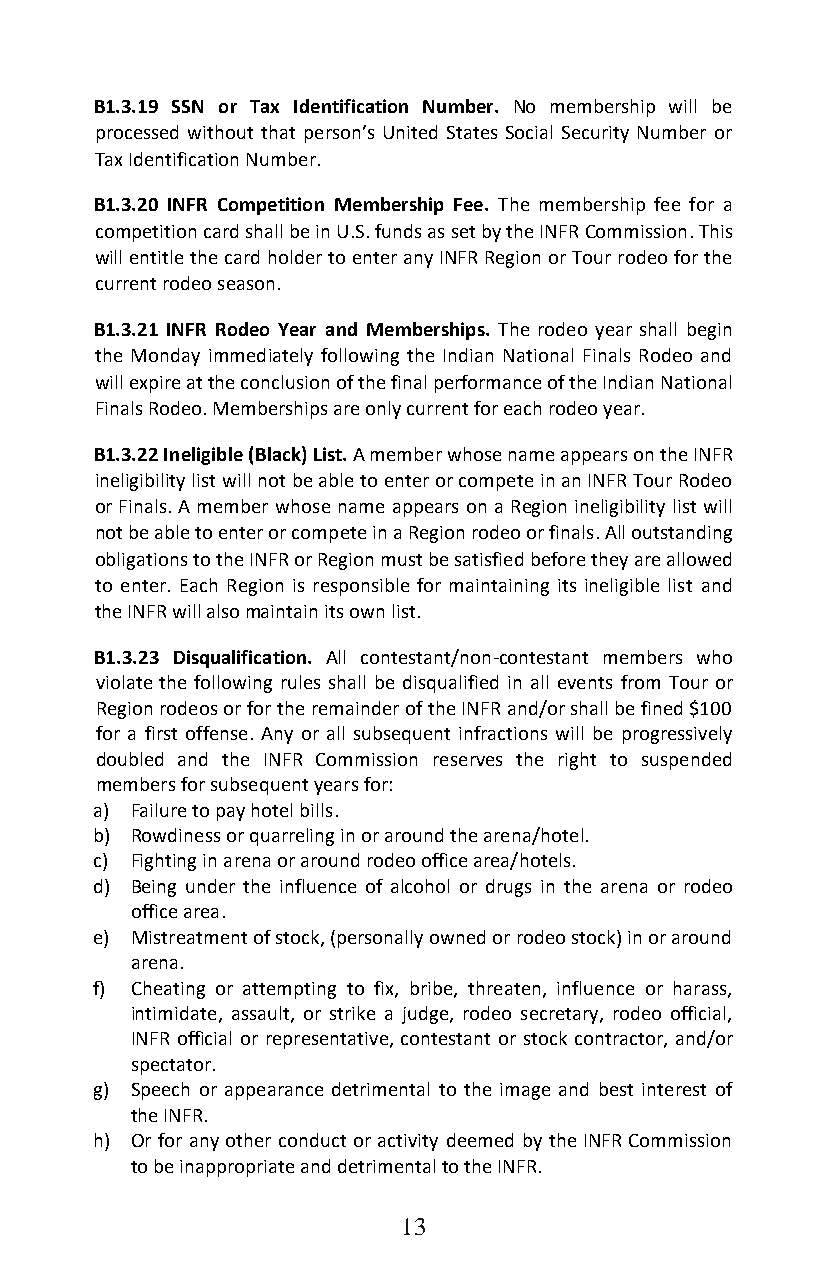
B1.3.19 SSN or Tax Identification Number. No membership will be
 processed without that person’s United States Social Security Number or
 Tax Identification Number.
 B1.3.20 INFR Competition Membership Fee. The membership fee for a
 competition card shall be in U.S. funds as set by the INFR Commission. This
 will entitle the card holder to enter any INFR Region or Tour rodeo for the
 current rodeo season.
 B1.3.21 INFR Rodeo Year and Memberships. The rodeo year shall begin
 the Monday immediately following the Indian National Finals Rodeo and
 will expire at the conclusion of the final performance of the Indian National
 Finals Rodeo. Memberships are only current for each rodeo year.
 B1.3.22 Ineligible (Black) List. A member whose name appears on the INFR
 ineligibility list will not be able to enter or compete in an INFR Tour Rodeo
 or Finals. A member whose name appears on a Region ineligibility list will
 not be able to enter or compete in a Region rodeo or finals. All outstanding
 obligations to the INFR or Region must be satisfied before they are allowed
 to enter. Each Region is responsible for maintaining its ineligible list and
 the INFR will also maintain its own list.
 B1.3.23 Disqualification. All contestant/non-contestant members who
 violate the following rules shall be disqualified in all events from Tour or
 Region rodeos or for the remainder of the INFR and/or shall be fined $100
 for a first offense. Any or all subsequent infractions will be progressively
 doubled and the INFR Commission reserves the right to suspended
 members for subsequent years for:
 a) Failure to pay hotel bills.
 b) Rowdiness or quarreling in or around the arena/hotel.
 c) Fighting in arena or around rodeo office area/hotels.
 d) Being under the influence of alcohol or drugs in the arena or rodeo
 office area.
 e) Mistreatment of stock, (personally owned or rodeo stock) in or around
 arena.
 f) Cheating or attempting to fix, bribe, threaten, influence or harass,
 intimidate, assault, or strike a judge, rodeo secretary, rodeo official,
 INFR official or representative, contestant or stock contractor, and/or
 spectator.
 g) Speech or appearance detrimental to the image and best interest of
 the INFR.
 h) Or for any other conduct or activity deemed by the INFR Commission
 to be inappropriate and detrimental to the INFR.
 13